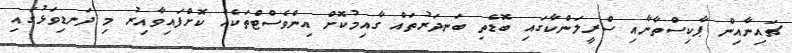
ޗައިނާއިން ޕާކިސްތާނާއި ސްރީލަންކާގައި ބޮޑެތި ބަނދަރުތައް ގާއިމުކޮށް އިންވެސްޓްތަކެއް ކޮށްފައިވާއިރު މި ދަަނޑިވަޅުގައި